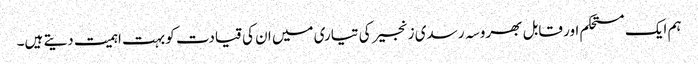
ہم ایک مستحکم اور قابل بھروسہ رسدی زنجیر کی تیاری میں ان کی قیادت کو بہت اہمیت دیتے ہیں۔